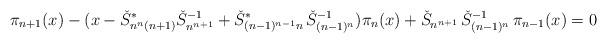
LaTeX: \begin{align*}\pi_{n+1}(x) - (x - \check S_{n^n(n+1)}^* \check S_{n^{n+1}}^{-1}+ \check S_{(n-1)^{n-1}n}^*\, \check S_{(n-1)^n}^{-1}) \pi_n(x)+\check S_{n^{n+1}}\,\check S_{(n-1)^n}^{-1} \, \pi_{n-1}(x) = 0\end{align*}